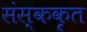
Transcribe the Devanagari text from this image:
संस्ककृत